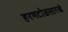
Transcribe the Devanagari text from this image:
हरणटोळसारखे